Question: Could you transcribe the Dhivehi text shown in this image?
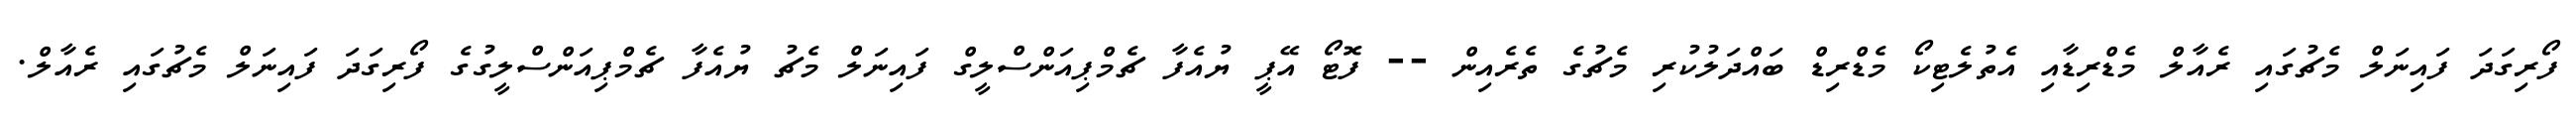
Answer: ފޯރިގަދަ ފައިނަލް މެޗުގައި ރެއާލް މެޑްރިޑާއި އެތުލެޓިކޯ މެޑްރިޑް ބައްދަލުކުރި މެޗުގެ ތެރެއިން -- ފޮޓޯ އޭޕީ ޔުއެފާ ޗެމްޕިއަންސްލީގް ފައިނަލް މެޗު ޔުއެފާ ޗެމްޕިއަންސްލީގުގެ ފޯރިގަދަ ފައިނަލް މެޗުގައި ރެއާލް.